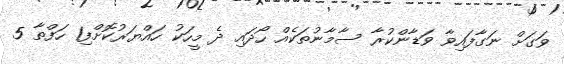
ވަގަށް ނަގާފައިވާ ވަޑާންކުރާ ސާމާނުތަކެއް ހޯދައި ދެ މީހަކު ހައްޔަރުކޮށްފި1 ހަފްތާ 5